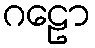
ဂဠော